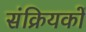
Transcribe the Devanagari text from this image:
संक्रियकों